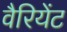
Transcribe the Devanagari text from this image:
वैरियेंट